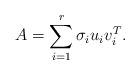
LaTeX: \begin{align*}A=\sum_{i=1}^{r}\sigma_iu_iv_i^T.\end{align*}